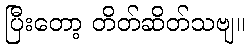
ပြီးတော့ တိတ်ဆိတ်သဗျ။